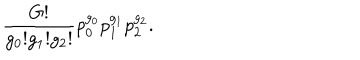
LaTeX: \frac { G ! } { g _ { 0 } ! g _ { 1 } ! g _ { 2 } ! } p _ { 0 } ^ { g _ { 0 } } p _ { 1 } ^ { g _ { 1 } } p _ { 2 } ^ { g _ { 2 } } .